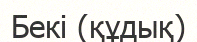
Бекі (құдық)